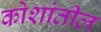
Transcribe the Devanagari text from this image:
कोशांतील